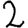
Digit: 2